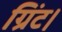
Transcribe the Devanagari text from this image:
ग्रिंट।